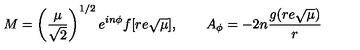
M = \left( \frac { \mu } { \sqrt { 2 } } \right) ^ { 1 / 2 } e ^ { i n \phi } f [ r e \sqrt { \mu } ] , \qquad A _ { \phi } = - 2 n \frac { g ( r e \sqrt { \mu } ) } { r }